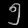
Digit: ၅